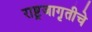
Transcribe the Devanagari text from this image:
राष्ट्रजागृतीचे